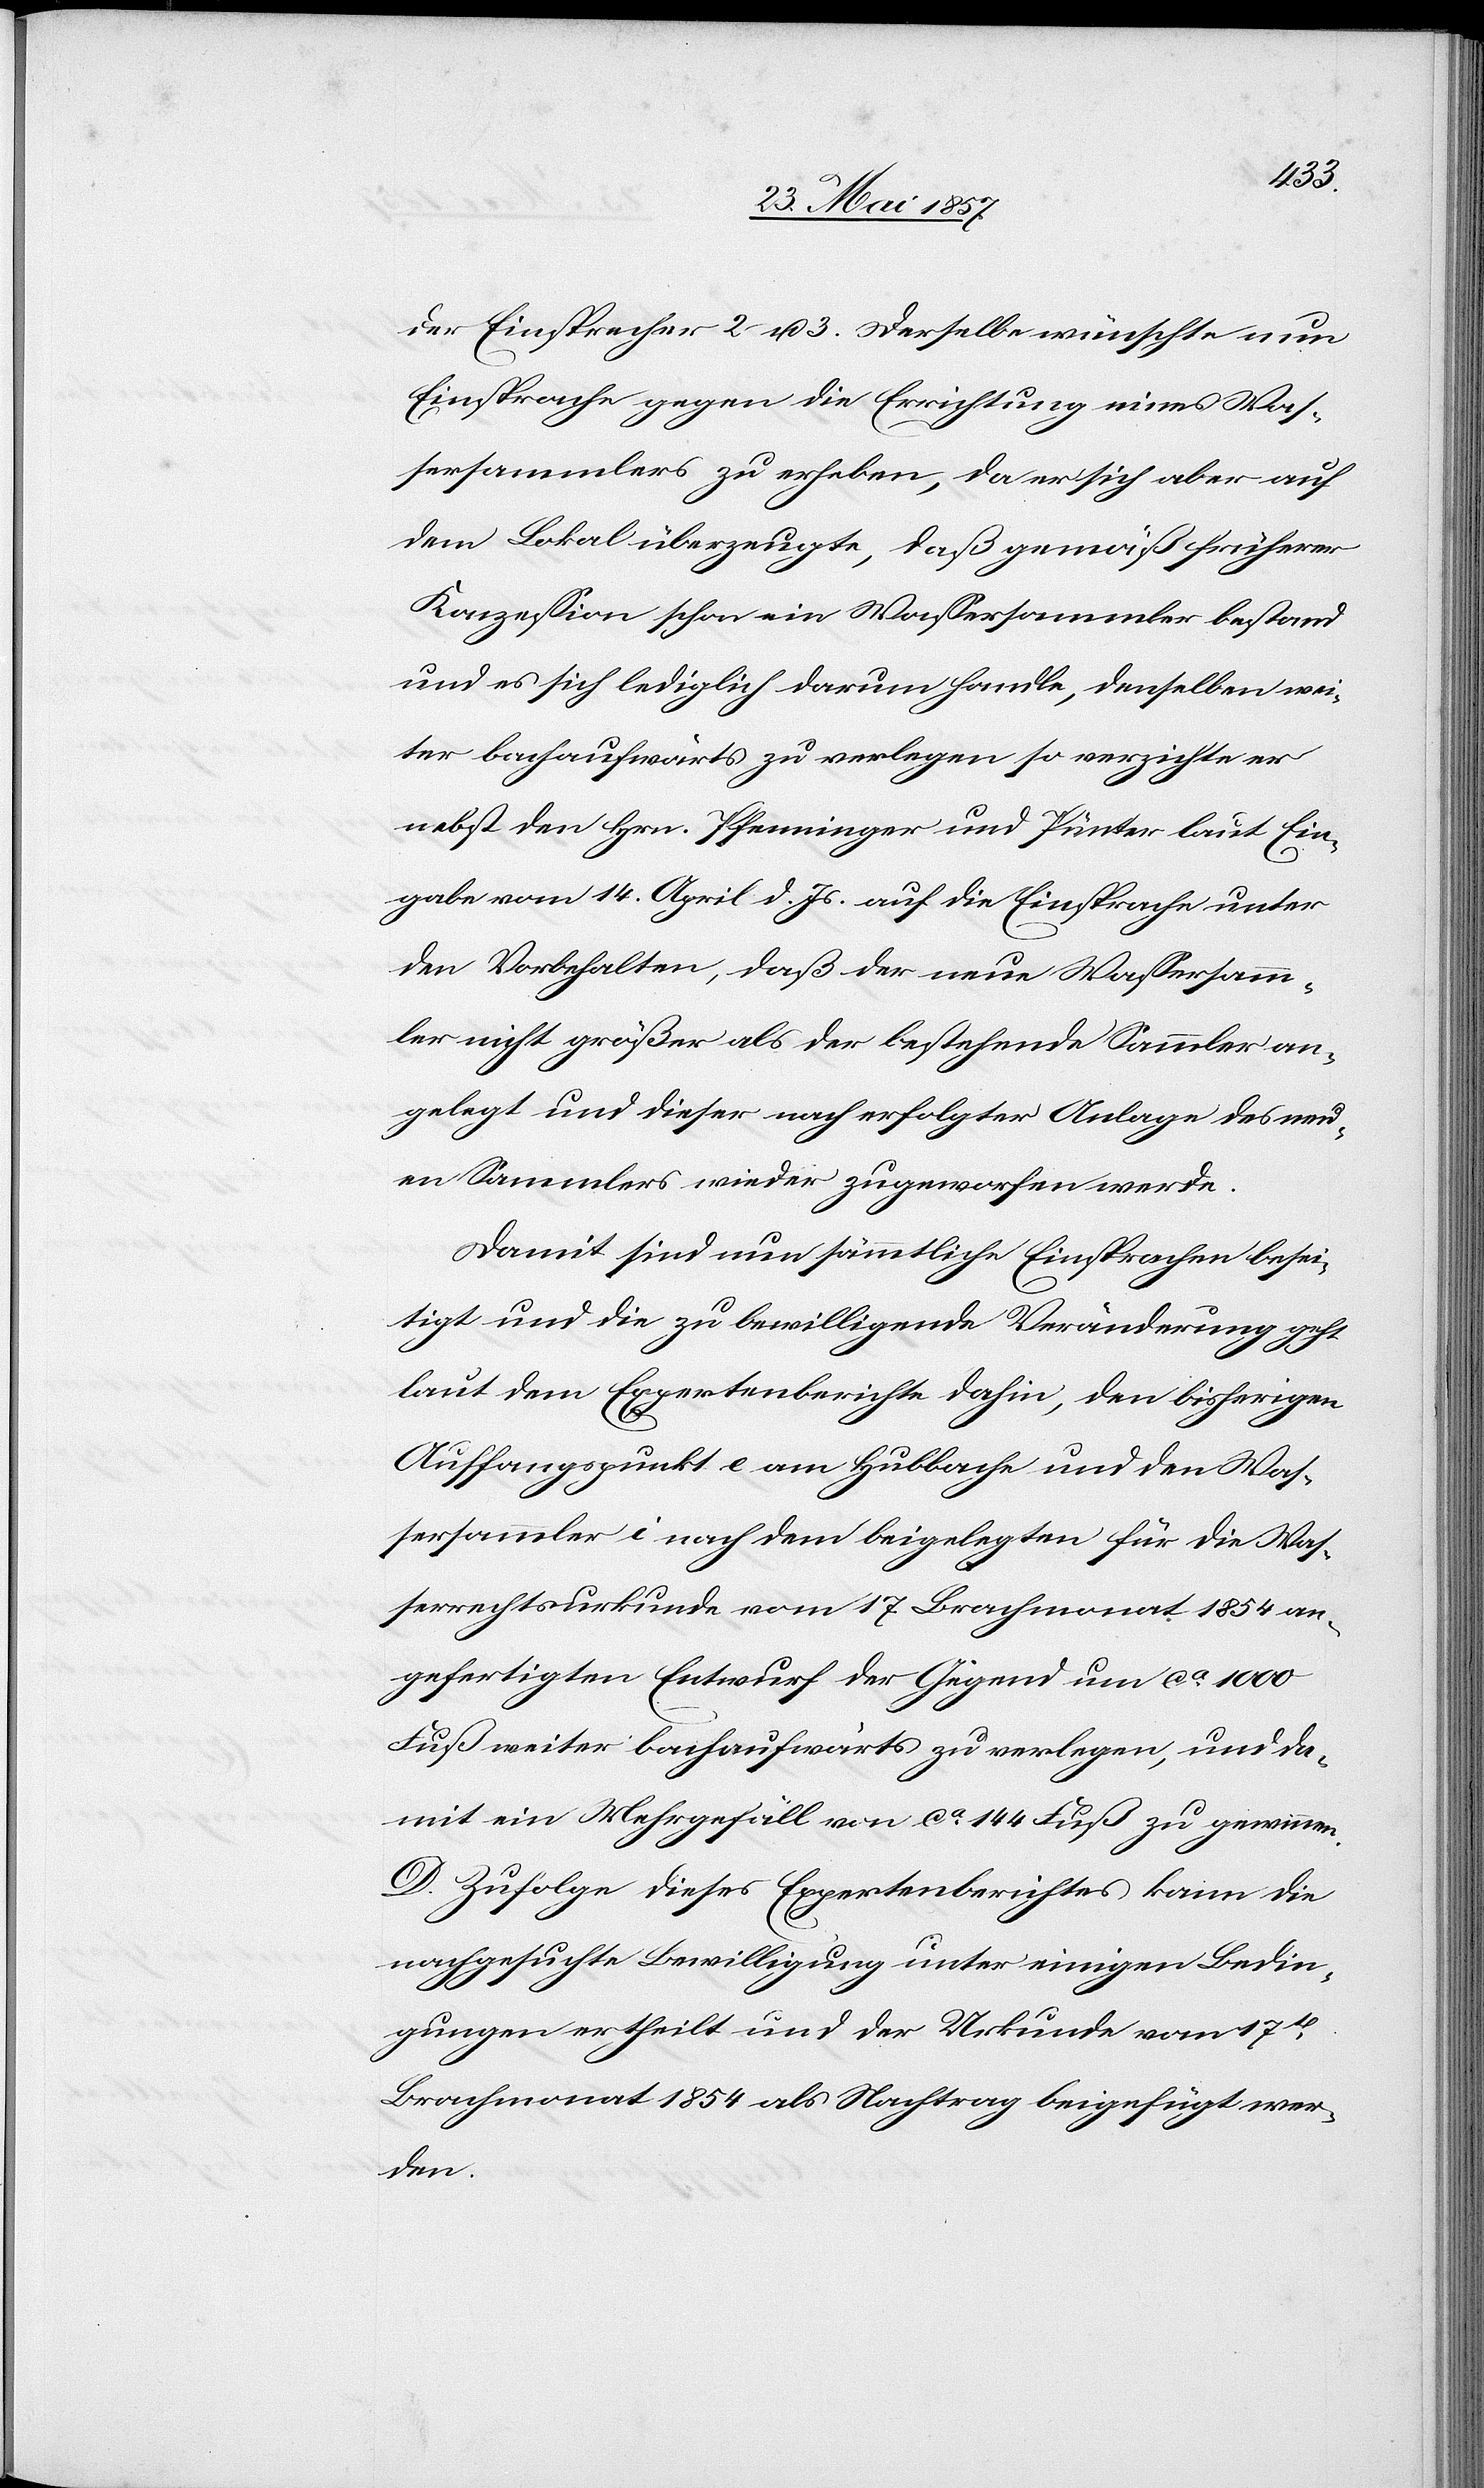
der Einsprecher 2 & 3. Derselbe wünschte nun
Einsprache gegen die Errichtung eines Was¬
sersammlers zu erheben, da er sich aber auf
dem Lokal überzeugte, daß gemäß früherer
Konzession schon ein Wassersammler bestand
und es sich lediglich darum handle, denselben wei¬
ter bachaufwärts zu verlegen so verzichte er
nebst den Hrn. Pfenninger und Pünter laut Ein¬
gabe vom 14 April d. Js. auf die Einsprache unter
den Vorbehalten, daß der neue Wassersamm¬
ler nicht größer als der bestehende Sammler an¬
gelegt und dieser nach erfolgter Anlage des neu¬
en Sammlers wieder zugeworfen werde.
Damit sind nun sämmtliche Einsprachen besei¬
tigt und die zu bewilligende Veränderung geht
laut dem Expertenberichte dahin, dem bisherigen
Auffangspunkt e am Hubbache und den Was¬
sersammler i nach dem beigelegten für die Was¬
serrechtsurkunde vom 17 Brachmonat 1854 an¬
gefertigten Entwurf der Gegend um ca 1000
Fuß weiter bachaufwärts zu verlegen, und da¬
mit ein Mehrgefäll von ca 144 Fuß zu gewinnen.
D. Zufolge dieses Expertenberichtes kann die
nachgesuchte Bewilligung unter einigen Bedin¬
gungen ertheilt und der Urkunde vom 17ten
Brachmonat 1854 als Nachtrag beigefügt wer¬
den.